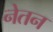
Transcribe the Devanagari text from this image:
नेतन